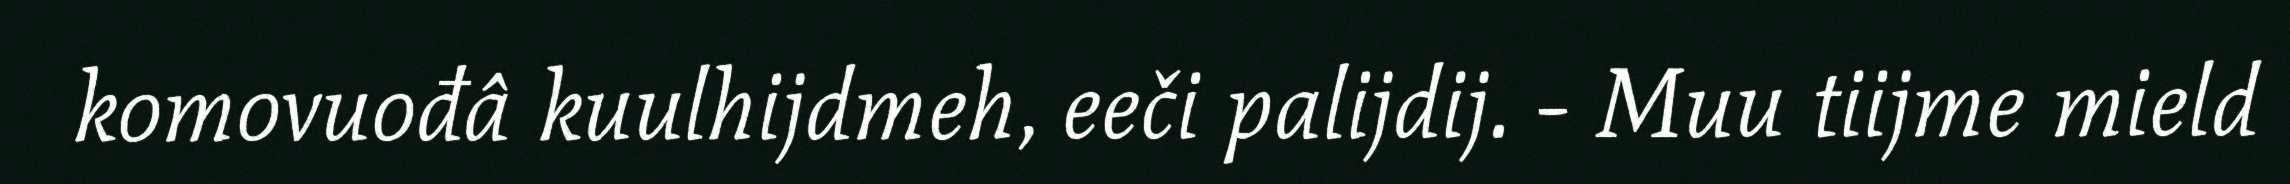
komovuođâ kuulhijdmeh, eeči palijdij. - Muu tiijme mield